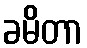
ခမိတာ